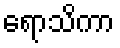
ရောသိကာ